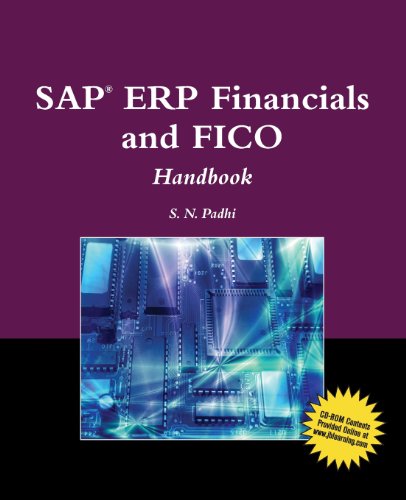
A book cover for SAPÂ® ERP Financials And FICO Handbook (SAP Books); S. N. Padhi; Computers & Technology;